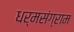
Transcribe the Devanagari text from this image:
धर्मसंग्राम